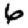
Digit: 6